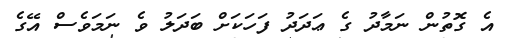
އެ ގޮތުން ނަމާދު ގެ ޢަދަދު ފަހަކަށް ބަދަލު ވެ ނަމަވެސް އޭގެ